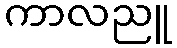
ကာလညူ